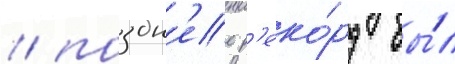
/ поздн'ее р'еко́рд бы́л